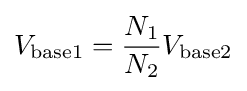
V_{\text{base1}}={\frac {N_{1}}{N_{2}}}V_{\text{base2}}